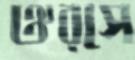
ঔরসে